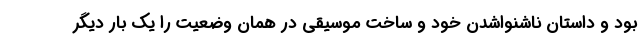
بود و داستان ناشنواشدن خود و ساخت موسیقی در همان وضعیت را یک بار دیگر